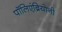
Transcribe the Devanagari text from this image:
पॉलिएंब्रियोनी